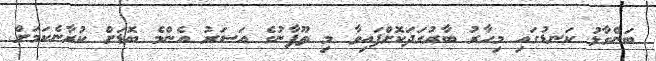
ބަންގާޅު ކަނޑުގައި މިހާރު ބާރުގަދަކޮށްފައިވާ މި ތޫފާނުގެ އަސަރު އެންމެ ބޮޑަށް ކުރާނެކަމަށް